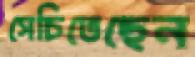
সেচিতেছেন